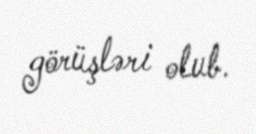
görüşləri olub.